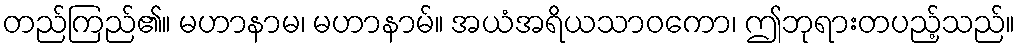
တည်ကြည်၏။ မဟာနာမ၊ မဟာနာမ်။ အယံအရိယသာဝကော၊ ဤဘုရားတပည့်သည်။